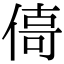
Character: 㑸